Calcutta medical institutions reports 1892-1900
Year: 1892
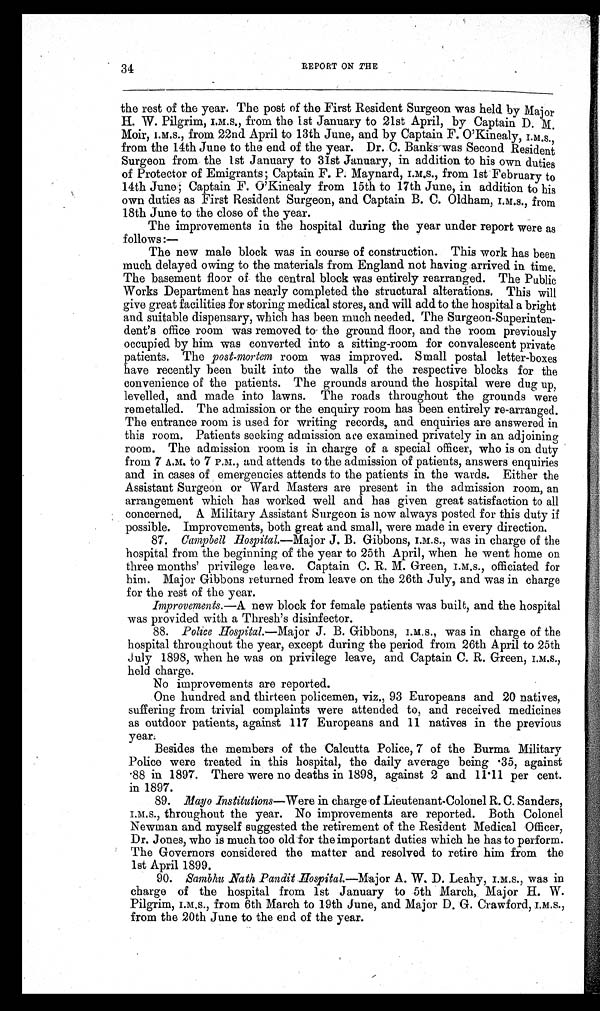
34
REPORT ON THE
the rest of the year. The post of the First Resident Surgeon was held by Major
H. W. Pilgrim, I.M.S., from the 1st January to 21st April, by Captain D. M.
Moir, I.M.S., from. 22nd April to 13th June, and by Captain F. O'Kinealy, I.M.S.,
from the 14th June to the end of the year. Dr. C. Banks was Second Resident
Surgeon from the 1st January to 31st January, in addition to his own duties
of Protector of Emigrants; Captain F. P. Maynard, I.M.S., from 1st February to
14th June; Captain F. O'Kinealy from 15th to 17th June, in addition to his
own duties as First Resident Surgeon, and Captain B. C. Oldham, I.M.S., from
18th June to the close of the year.
The improvements in the hospital during the year under report were as
follows :—
The new male block was in course of construction. This work has been
much delayed owing to the materials from England not having arrived in time.
The basement floor of the central block was entirely rearranged. The Public
Works Department has nearly completed the structural alterations. This will
give great facilities for storing medical stores, and will add to the hospital a bright
and suitable dispensary, which has been much needed. The Surgeon-Superinten-
-dent's office room was removed to the ground floor, and the room previously
occupied by him was converted into a sitting-room for convalescent private
patients. The post-mortem room was improved. Small postal letter-boxes
have recently been built into the walls of the respective blocks for the
convenience of the patients. The grounds around the hospital were dug up,
levelled, and made into lawns. The roads throughout the grounds were
remetalled. The admission or the enquiry room has been entirely re-arranged.
The entrance room is used for writing records, and enquiries are answered in
this room, Patients seeking admission are examined privately in an adjoining
room. The admission room is in charge of a special officer, who is on duty
from 7 A.M. to 7 P.M., and attends to the admission of patients, answers enquiries
and in cases of emergencies attends to the patients in the wards. Either the
Assistant Surgeon or Ward. Masters are present in the admission room, an
arrangement which has worked well and has given great satisfaction to all
concerned. A Military Assistant Surgeon is now always posted for this duty if
possible. Improvements, both great and small, were made in every direction.
87. Campbell Hospital.—Major J. B. Gibbons, I.M.S., was in charge of the
hospital from the beginning of the year to 25th April, when he went home on
three months' privilege leave. Captain C. R. M. Green, I.M.S., officiated for
him. Major Gibbons returned from leave on the 26th July, and was in charge
for the rest of the year.
Improvements.—A new block for female patients was built, and the hospital
was provided with a Thresh's disinfector.
88. Police Hospital.— Major J. B. Gibbons,was in charge of the
hospital throughout the year, except during the period from 26th April to 25th
July 1898, when he was on privilege leave, and Captain C. R. Green, I.M.S.,
held charge.
No improvements are reported.
One hundred and thirteen policemen, viz., 93 Europeans and 20 natives,
suffering from trivial complaints were attended to, and received medicines
as outdoor patients, against 117 Europeans and 11 natives in the previous
year.
Besides the members of the Calcutta Police, 7 of the Burma Military
Police were treated in this hospital, the daily average being .35, against
. 8 8 i n 1 8 9 7 . T h e r e w e r e n o d e a t h s i n 1 8 9 8 , a g a i n s t 2 a n d 1 1 . 1 1 p e r c e n t .
in 1897.
89. Mayo Institutions—Were in charge of Lieutenant-Colonel R. C. Sanders,
I.M.S., throughout the year. No improvements are reported. Both Colonel
Newman and myself suggested the retirement of the Resident Medical Officer,
Dr. Jones, who is much too old for the important duties which he has to perform.
The Governors considered the matter and resolved to retire him from the
lst April 1899.
90. S
ambhu Sath Pandit Hospital.—Major A. W. D. Leahy, I.M.S., was in
charge of the hospital from 1st January to 5th March, Major H. W.
Pilgrim, I.M.S., from 6th March to 19th June, and Major D. G. Crawford, I.M.S.,
from the 20th June to the end of the year.